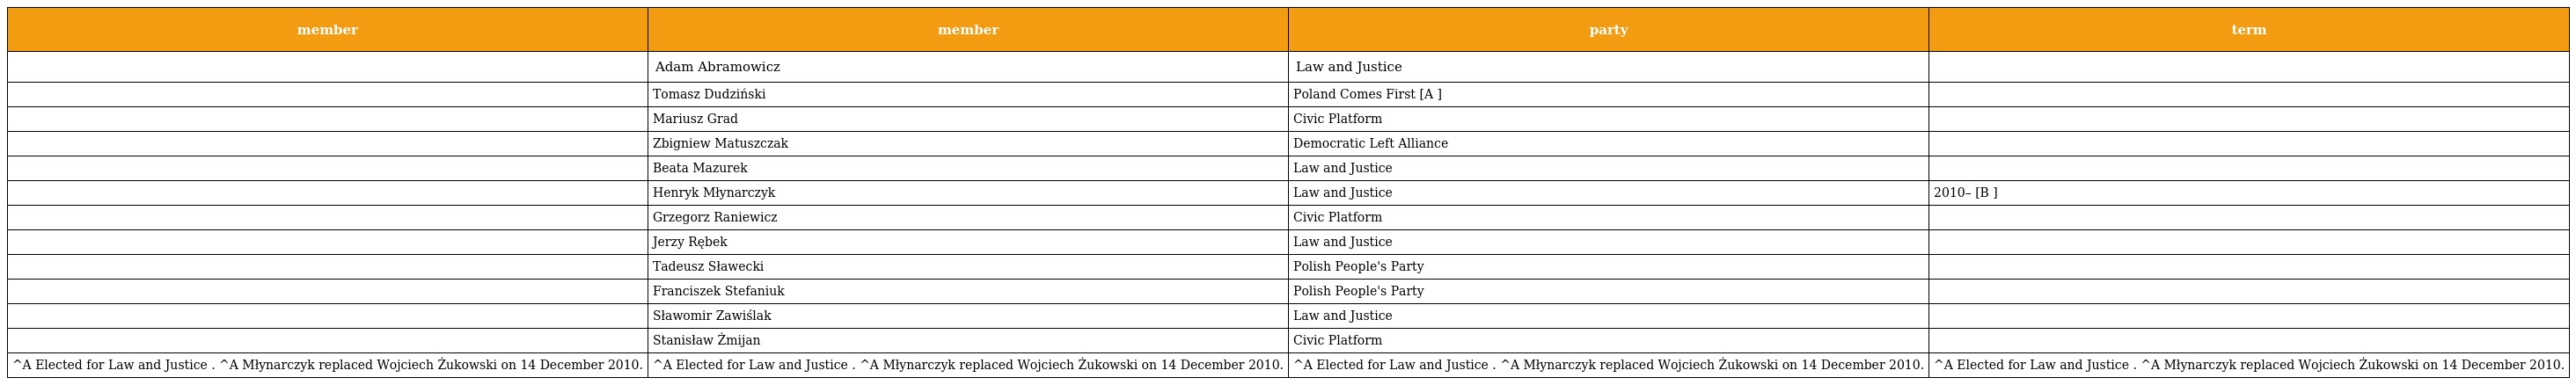
| member | member | party | term |
 | --- | --- | --- | --- |
 |  | Adam Abramowicz | Law and Justice |  |
 |  | Tomasz Dudziński | Poland Comes First [A ] |  |
 |  | Mariusz Grad | Civic Platform |  |
 |  | Zbigniew Matuszczak | Democratic Left Alliance |  |
 |  | Beata Mazurek | Law and Justice |  |
 |  | Henryk Młynarczyk | Law and Justice | 2010– [B ] |
 |  | Grzegorz Raniewicz | Civic Platform |  |
 |  | Jerzy Rębek | Law and Justice |  |
 |  | Tadeusz Sławecki | Polish People's Party |  |
 |  | Franciszek Stefaniuk | Polish People's Party |  |
 |  | Sławomir Zawiślak | Law and Justice |  |
 |  | Stanisław Żmijan | Civic Platform |  |
 | ^A Elected for Law and Justice . ^A Młynarczyk replaced Wojciech Żukowski on 14 December 2010. | ^A Elected for Law and Justice . ^A Młynarczyk replaced Wojciech Żukowski on 14 December 2010. | ^A Elected for Law and Justice . ^A Młynarczyk replaced Wojciech Żukowski on 14 December 2010. | ^A Elected for Law and Justice . ^A Młynarczyk replaced Wojciech Żukowski on 14 December 2010. |